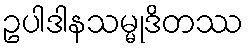
ဥပါဒါနသမ္မုဒိတဿ